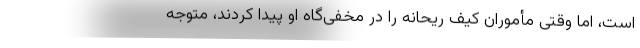
است، اما وقتی مأموران کیف ریحانه را در مخفی‌گاه او پیدا کردند، متوجه